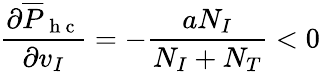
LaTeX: \frac{\partial\overline{{P}}_{\mathrm{~h~c~}}}{\partial v_{I}}=-\frac{aN_{I}}{N_{I}+N_{T}}<0